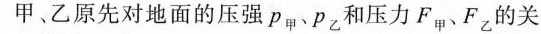
甲、乙原先对地面的压强P_{甲}、P_{乙}和压力F_{甲}、F_{乙}的关